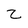
Character: z